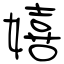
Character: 嬉